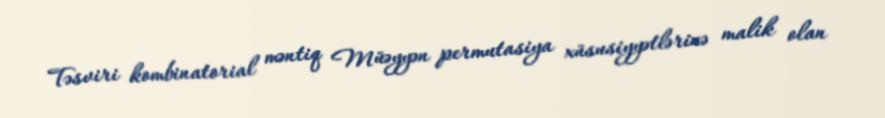
Təsviri kombinatorial məntiq Müəyyən permutasiya xüsusiyyətlərinə malik olan